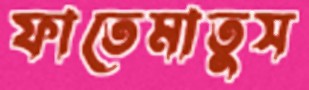
ফাতেমাতুস